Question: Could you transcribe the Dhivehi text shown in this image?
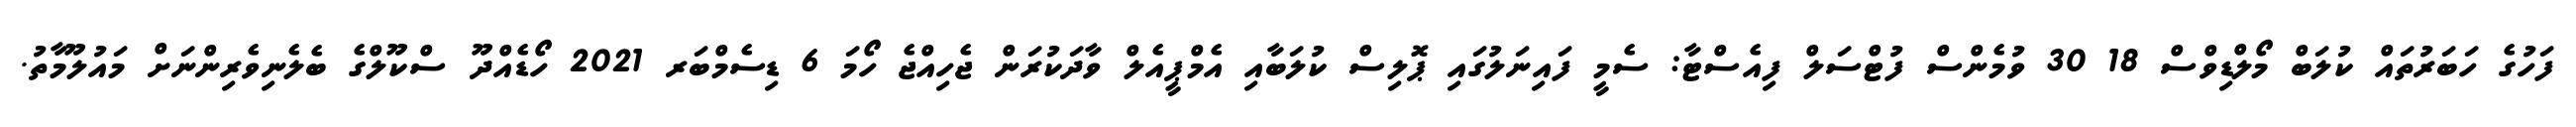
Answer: ފަހުގެ ހަބަރުތައް ކުލަބް މޯލްޑިވްސް 18 30 ވުމެންސް ފުޓްސަލް ފިއެސްޓާ: ސެމީ ފައިނަލުގައި ޕޮލިސް ކުލަބާއި އެމްޕީއެލް ވާދަކުރަން ޖެހިއްޖެ ހޯމަ 6 ޑިސެމްބަރ 2021 ހޯޑެއްދޫ ސްކޫލްގެ ބެލެނިވެރިންނަށް މައުލޫމާތު.